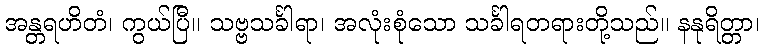
အန္တရဟိတံ၊ ကွယ်ပြီ။ သဗ္ဗသင်္ခါရာ၊ အလုံးစုံသော သင်္ခါရတရားတို့သည်။ နနုရိတ္တာ၊